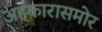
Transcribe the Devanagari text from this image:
अहंकारासमोर